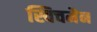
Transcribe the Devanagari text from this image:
स्विचमैन